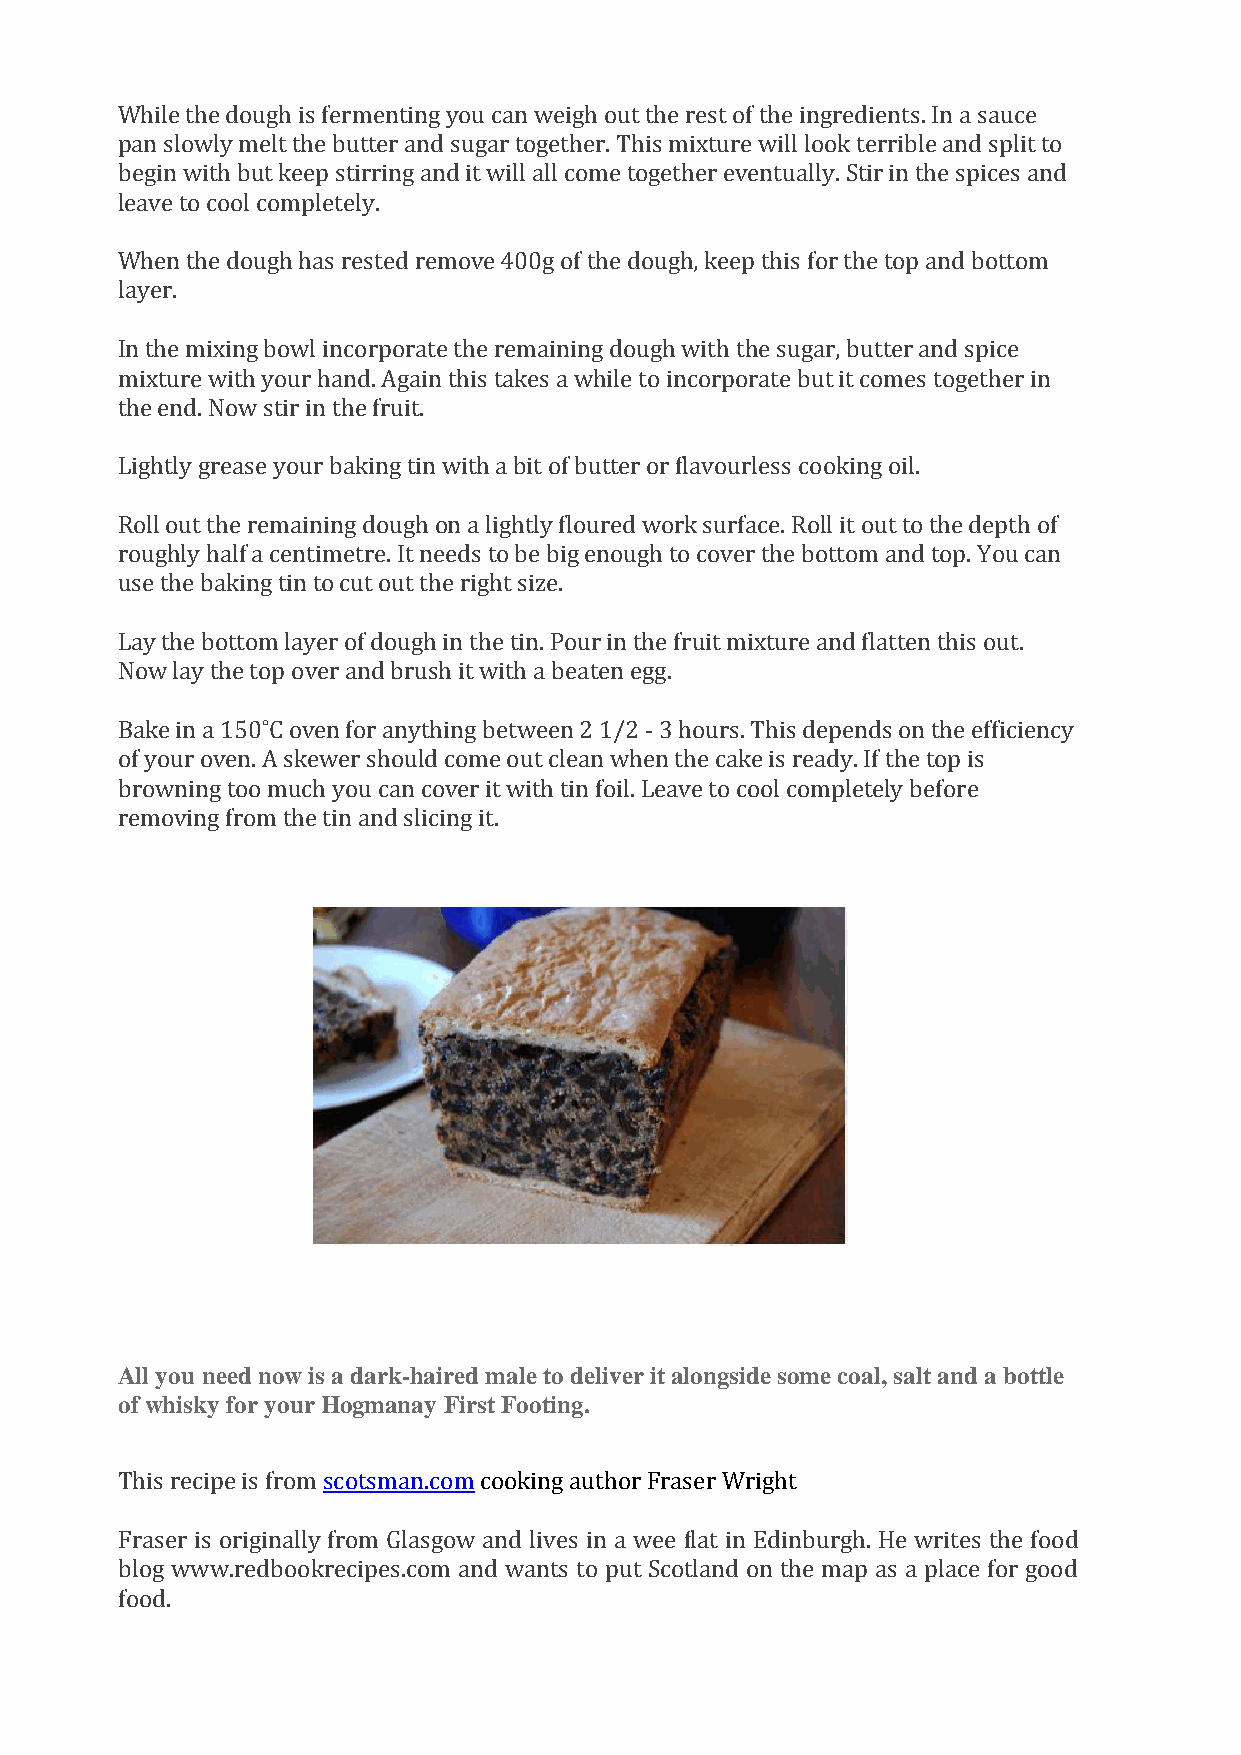
While the dough is fermenting you can weigh out the rest of the ingredients. In a sauce
 pan slowly melt the butter and sugar together. This mixture will look terrible and split to
 begin with but keep stirring and it will all come together eventually. Stir in the spices and
 leave to cool completely.
 When the dough has rested remove 400g of the dough, keep this for the top and bottom
 layer.
 In the mixing bowl incorporate the remaining dough with the sugar, butter and spice
 mixture with your hand. Again this takes a while to incorporate but it comes together in
 the end. Now stir in the fruit.
 Lightly grease your baking tin with a bit of butter or flavourless cooking oil.
 Roll out the remaining dough on a lightly floured work surface. Roll it out to the depth of
 roughly half a centimetre. It needs to be big enough to cover the bottom and top. You can
 use the baking tin to cut out the right size.
 Lay the bottom layer of dough in the tin. Pour in the fruit mixture and flatten this out.
 Now lay the top over and brush it with a beaten egg.
 Bake in a 150˚C oven for anything between 2 1/2 - 3 hours. This depends on the efficiency
 of your oven. A skewer should come out clean when the cake is ready. If the top is
 browning too much you can cover it with tin foil. Leave to cool completely before
 removing from the tin and slicing it.
 All you need now is a dark-haired male to deliver it alongside some coal, salt and a bottle
 of whisky for your Hogmanay First Footing.
 This recipe is from scotsman.com cooking author Fraser Wright
 Fraser is originally from Glasgow and lives in a wee flat in Edinburgh. He writes the food
 blog www.redbookrecipes.com and wants to put Scotland on the map as a place for good
 food.